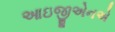
આઇજીએનએ